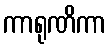
ကာရုဏိကာ